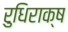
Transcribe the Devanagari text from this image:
रुधिराक्ष